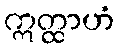
ဣတ္ထာဟံ